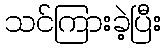
သင်ကြားခဲ့ပြီး